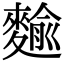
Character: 𪍍